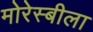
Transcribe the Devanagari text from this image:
मोरेस्बीला